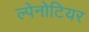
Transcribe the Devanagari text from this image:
ल्पेनोटियर